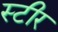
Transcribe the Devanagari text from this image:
स्टीर